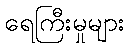
ရေကြီးမှုများ